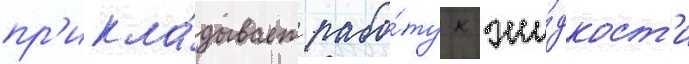
пр'икла́дывает рабо́ту к жи́дкост'и